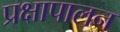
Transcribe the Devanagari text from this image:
प्रक्षापालन